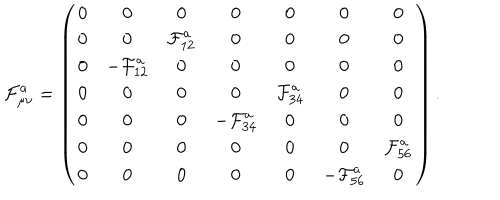
\mathcal { F } _ { \mu \nu } ^ { a } = \left( \begin{array} { c c c c c c c } { { 0 } } & { { 0 } } & { { 0 } } & { { 0 } } & { { 0 } } & { { 0 } } & { { 0 } } \\ { { 0 } } & { { 0 } } & { { \mathcal { F } _ { 1 2 } ^ { a } } } & { { 0 } } & { { 0 } } & { { 0 } } & { { 0 } } \\ { { 0 } } & { { - \mathcal { F } _ { 1 2 } ^ { a } } } & { { 0 } } & { { 0 } } & { { 0 } } & { { 0 } } & { { 0 } } \\ { { 0 } } & { { 0 } } & { { 0 } } & { { 0 } } & { { \mathcal { F } _ { 3 4 } ^ { a } } } & { { 0 } } & { { 0 } } \\ { { 0 } } & { { 0 } } & { { 0 } } & { { - \mathcal { F } _ { 3 4 } ^ { a } } } & { { 0 } } & { { 0 } } & { { 0 } } \\ { { 0 } } & { { 0 } } & { { 0 } } & { { 0 } } & { { 0 } } & { { 0 } } & { { \mathcal { F } _ { 5 6 } ^ { a } } } \\ { { 0 } } & { { 0 } } & { { 0 } } & { { 0 } } & { { 0 } } & { { - \mathcal { F } _ { 5 6 } ^ { a } } } & { { 0 } } \\ \end{array} \right) .